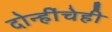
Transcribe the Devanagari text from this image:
दोन्हींचेही